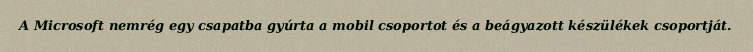
A Microsoft nemrég egy csapatba gyúrta a mobil csoportot és a beágyazott készülékek csoportját.